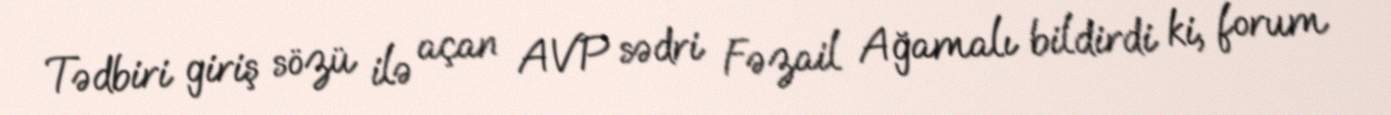
Tədbiri giriş sözü ilə açan AVP sədri Fəzail Ağamalı bildirdi ki, forum